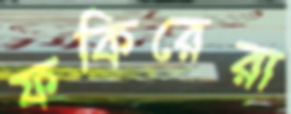
ফকিরেরা